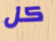
كل